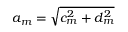
a _ { m } = \sqrt { c _ { m } ^ { 2 } + d _ { m } ^ { 2 } }